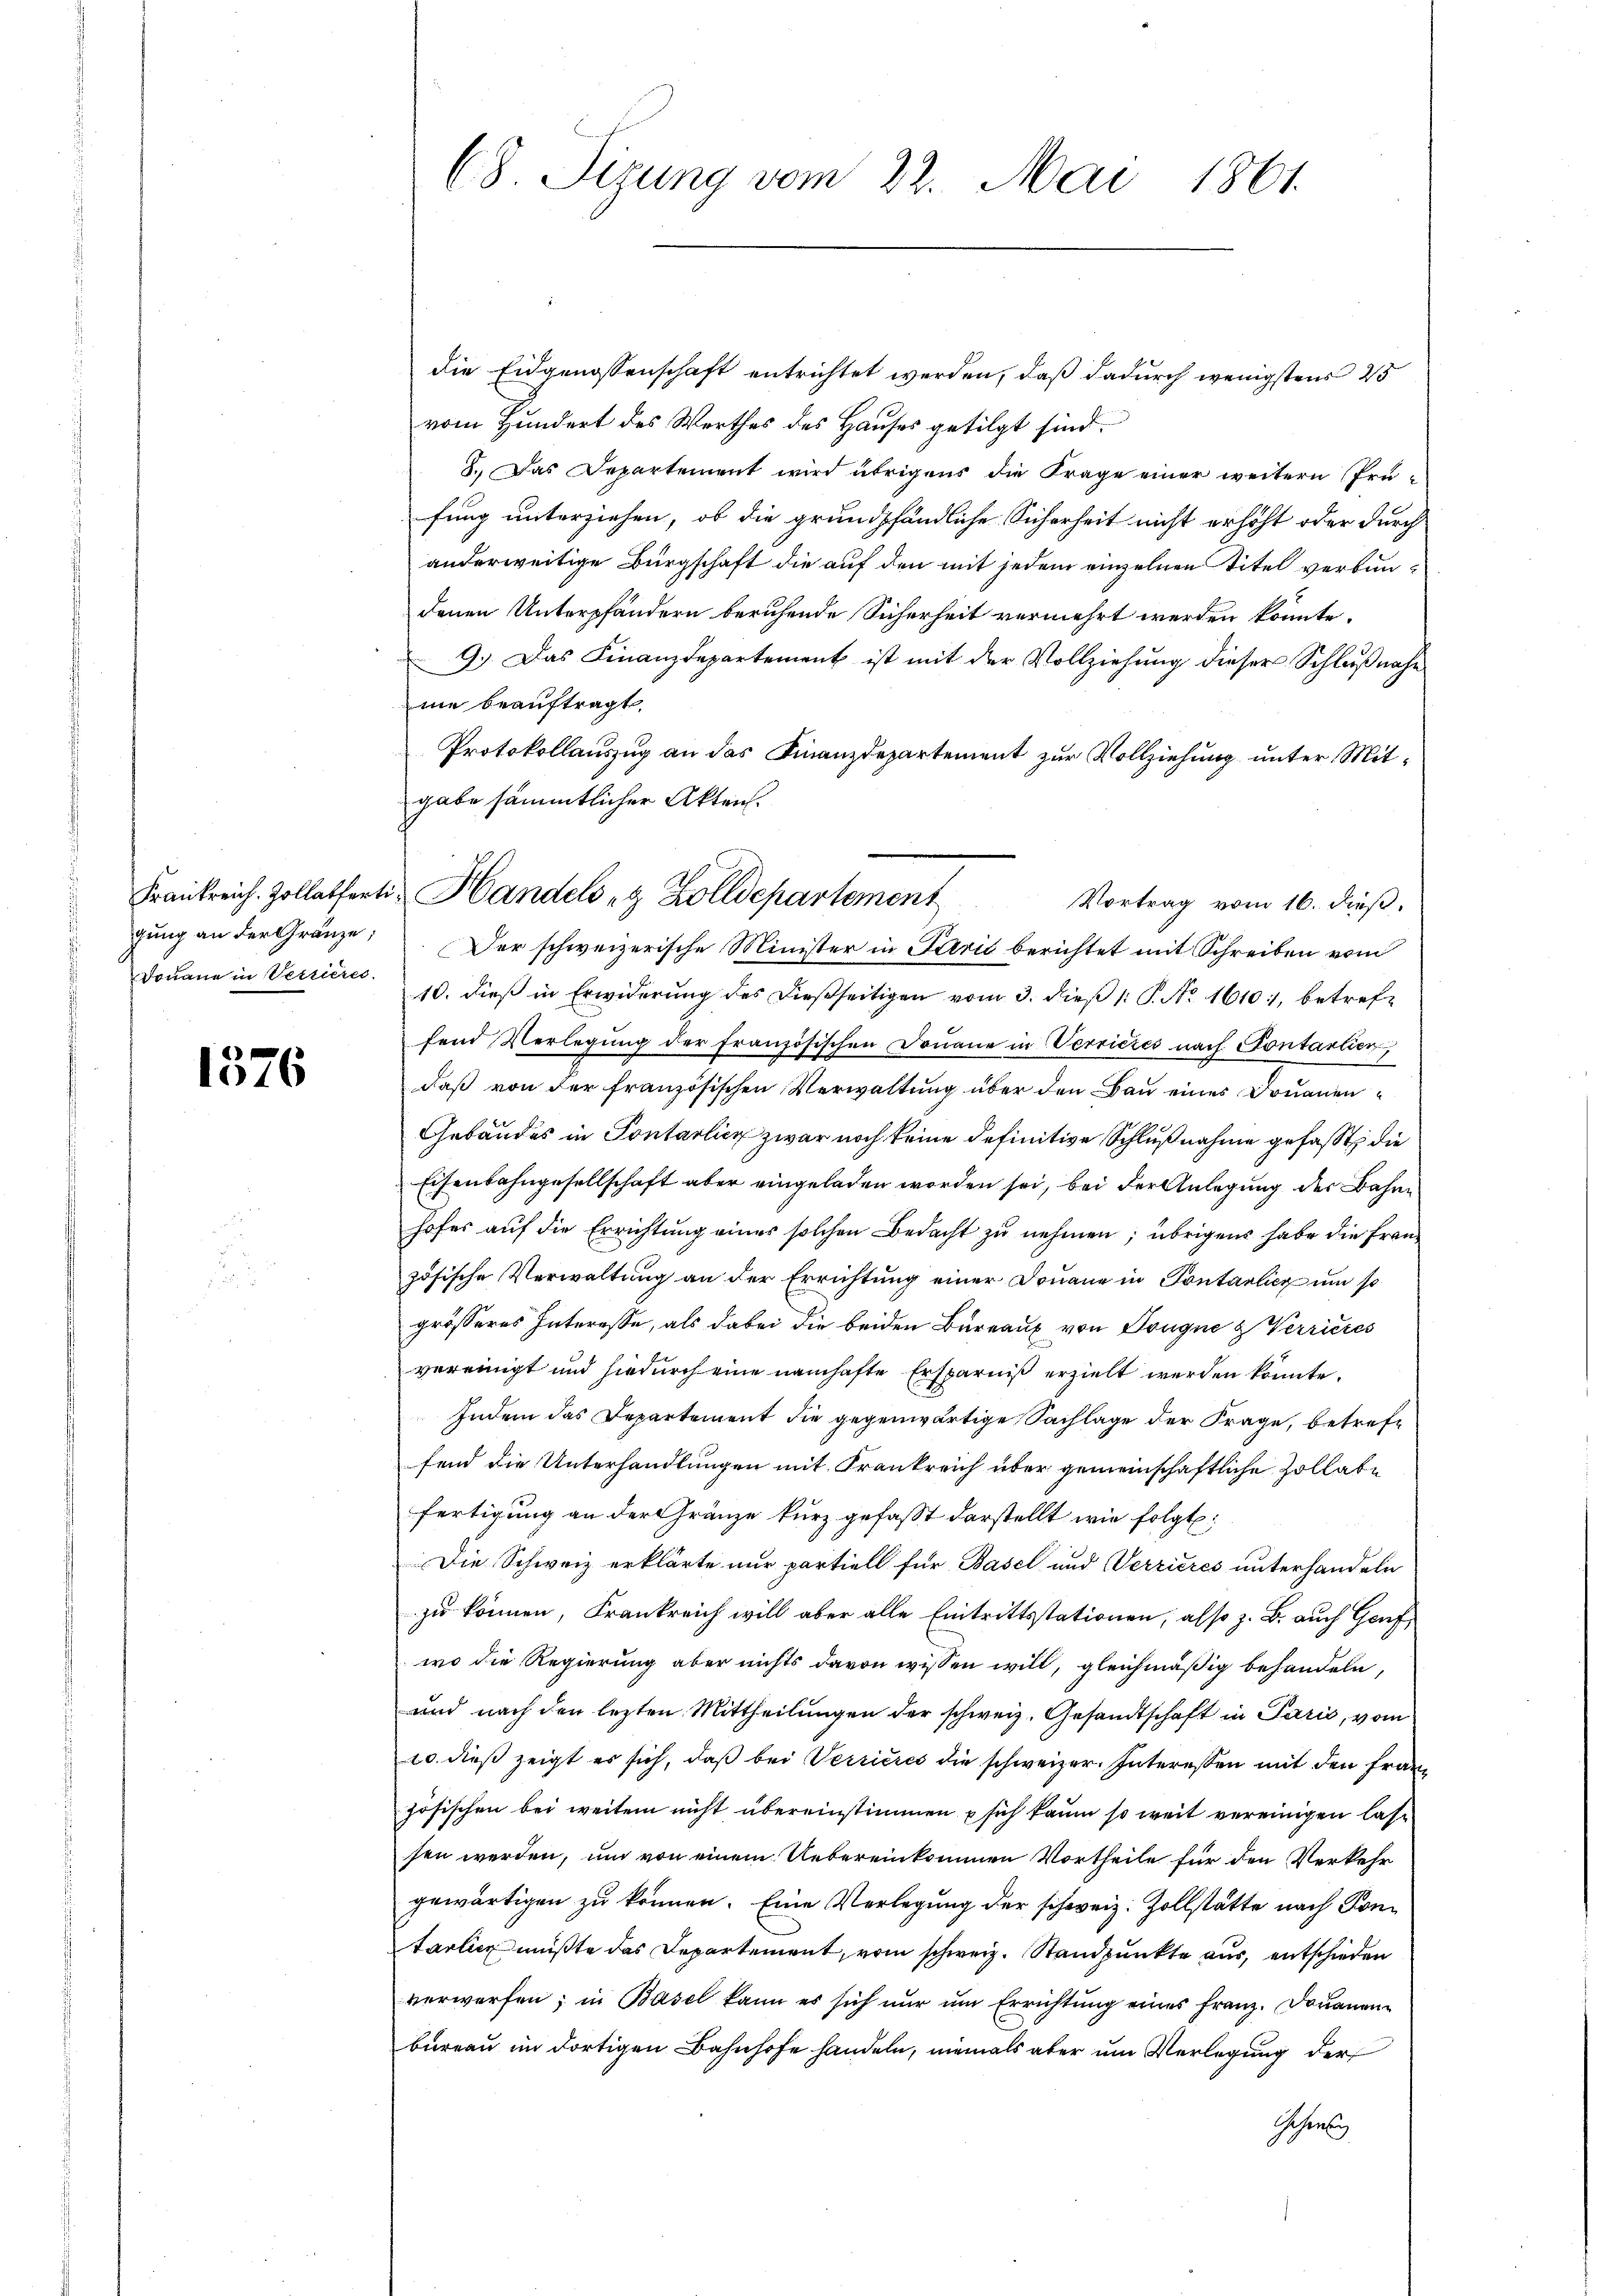
1576

die Eidgenossenschaft entrichtet werden, daß dadurch wenigstens 25
vom Hundert des Werthes des Hauses getilgt sind.
8. Das Departement wird übrigens die Frage einer weitern Prüfung unterziehen, ob die grundpfändliche Sicherheit nicht erhöht oder durch
anderweitige Bürgschaft die auf den mit jedem einzelnen Titel verbaudenen Unterpfändern beruhende Sicherheit vermehrt werden könnte.
9.) Das Finanzdepartement ist mit der Vollziehung dieser Schlußnahe
ne beauftragt.
Protokollauszug an das Finanzdepartement zur Vollziehung unter Mitgabe sämmtlicher Akten.
gung an der Gränze: Der schweizerische Minister in Paris berichtet mit Schreiben vom
Douane in Verrieres. 10. dieβ in Erwiderŭng des dießseitigen vom 3. dieβ 1: P. Nr. 1610, betref-
fend Verlegŭng der französischen Doṅane in Verrieres nach Contarlier,
daß von der französischen Verwaltung über den Bau eines Donauen¬
Gebäudes in Pontarlich zwar noch keine definitive Schlußnahme gefaßt, die
Eisenbahngesellschaft aber eingeladen worden sei, bei der Anlegung der Bahre
hofes auf die Errichtung einer solchen Bedacht zu nehmen; übrigens habe die Französische Verwaltung an der Errichtung einer Douane in Pontantieg um so
grösseres Interesse, als dabei die beiden Bureaux von Dougne & Verrieres
vereinigt und hiedurch eine namhafte Ersparniß erzielt werden könnte.
Indem das Departement die gegenwärtige Sachlage der Frage, betreffend die Unterhandlungen mit Frankreich über gemeinschaftliche Zollate
fertigung an der Gränze kurz gefasst darstellt wie folgt:
Die Schweiz erklärte nur partiell für Basel und Verzieres unterhandeln
zu können, Frankreich will aber alle Eintrittsstationen, also z. B. auch Genf
wo die Regierung aber nichts davon wissen will, gleichmäßig behandeln,
und nach den lezten Mittheilŭngen der schweiz. Gesandtschaft in Parić, vom
10. dieß zeigt es sich, daß bei Verrieres die schweizer. Interessen mit den Französischen bei weitem nicht übereinstimmen sich kaum so weit vereinigen lassen werden, um von einem Uebereinkommen Vortheile für den Verkehr
gewärtigen zu können. Eine Verlegung der schweiz. Zollstätte nach Kontartier mußte das Departement, vom schweiz. Standpunkte aus, entschieden
verwerfen; in Basel kann es sich nur um Errichtung eines Franz. Douanenbureau im dortigen Bahnhofe handeln, niemals aber um Verlegung der
Gehörig

68. Sizung vom 22. Mai 1861.

Frankreich. Zollatferti, Handels er Zolldepartement
Vortrag vom 16. dieß.